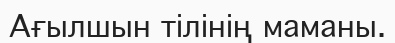
Ағылшын тілінің маманы.